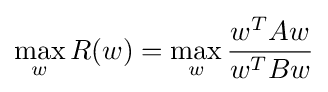
\max _{w}R(w)=\max _{w}{\frac {w^{T}Aw}{w^{T}Bw}}